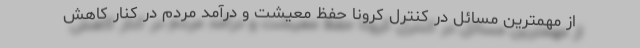
از مهمترین مسائل در کنترل کرونا حفظ معیشت و درآمد مردم در کنار کاهش